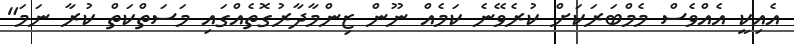
އެއިކީ އެއްވެސް މެމްބަރަކަށް ކުރެވޭނެ ކަމެއް ނޫން ޒިންމާދާރުގޮތެއްގައި މަސަތްކަތް ކުރާ ނަމަ"